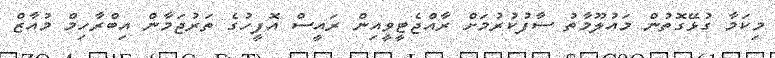
މިކަމާ ގުޅޭގޮތުން މައުލޫމާތު ސާފުކުރުމަށް ރާއްޖެޓީވީއިން ރައީސް އޮފީހުގެ ތަރުޖަމާން އިބްރާހިމް މުއާޒް